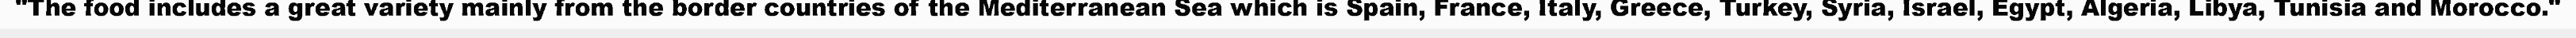
"The food includes a great variety mainly from the border countries of the Mediterranean Sea which is Spain, France, Italy, Greece, Turkey, Syria, Israel, Egypt, Algeria, Libya, Tunisia and Morocco."